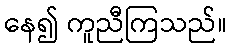
နေ၍ ကူညီကြသည်။